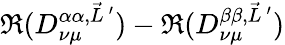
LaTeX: \Re(D_{\nu\mu}^{\alpha\alpha,\vec{L}\, ^{\prime}})-\Re(D_{\nu\mu}^{\beta\beta,\vec{L}\, ^{\prime}})